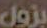
بزول